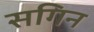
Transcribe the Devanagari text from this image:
सगिन